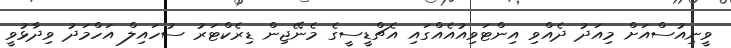
ވީނިއުސްއަށް މިއަދު ދެއްވި އިންޓަވިއުއެއްގައި އެޗްޑީސީގެ މެނޭޖިން ޑިރެކްޓަރު ސުހައިލް އަހްމަދު ވިދާޅުވީ